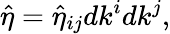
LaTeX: {\hat{\eta}}={\hat{\eta}}_{ij}dk^{i}dk^{j},